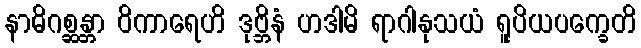
နာဓိဂစ္ဆန္တာ ဝိကာရေဟိ ဒုဗ္ဘိနံ ဟဒါမိ ရာဂါနုသယံ ရူပိယပက္ခေတိ